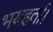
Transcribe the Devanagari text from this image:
भयहर्ता।